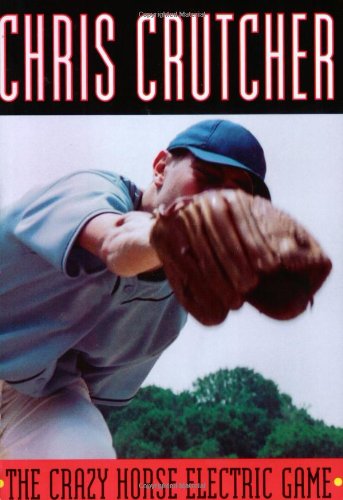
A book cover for The Crazy Horse Electric Game; Chris Crutcher; Teen & Young Adult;